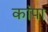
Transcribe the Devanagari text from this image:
कांपा